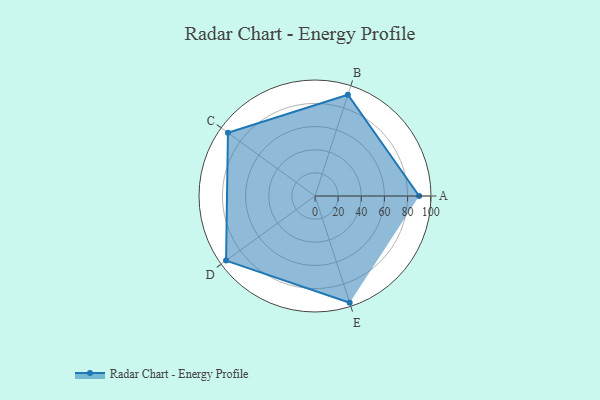
{"axis": {"x": "Skill", "y": "Score"}, "legend": ["Profile"], "data": [{"x": "A", "y": 90.0, "type": "Profile"}, {"x": "B", "y": 92.0, "type": "Profile"}, {"x": "C", "y": 93.0, "type": "Profile"}, {"x": "D", "y": 95.0, "type": "Profile"}, {"x": "E", "y": 97.0, "type": "Profile"}]}